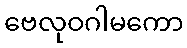
ဗေလုဝဂါမကော